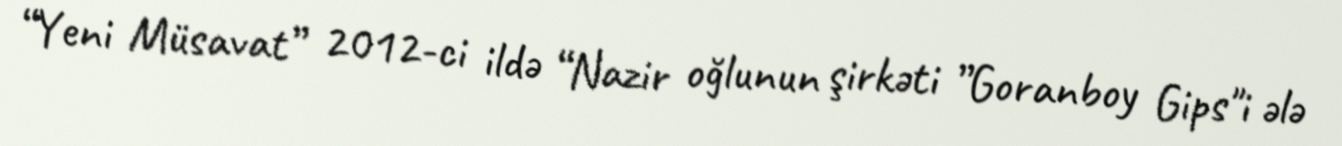
“Yeni Müsavat” 2012-ci ildə “Nazir oğlunun şirkəti ”Goranboy Gips"i ələ